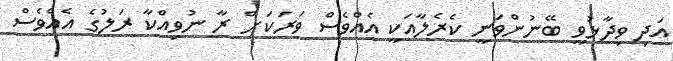
އަދި ވިދާޅުވީ ބޭނުންވަނީ ކެރެލާއަކީ އެއްވެސް ވަރަކަށް ރާ ނުވިއްކާ ރަލުގެ އެއްވެސް